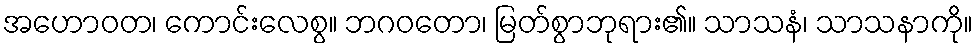
အဟောဝတ၊ ကောင်းလေစွ။ ဘဂဝတော၊ မြတ်စွာဘုရား၏။ သာသနံ၊ သာသနာကို။